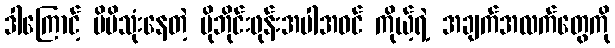
ဒါကြောင့် မိမိသုံးနေတဲ့ မိုဘိုင်းဖုန်းအပါအဝင် ကိုယ့်ရဲ့ အချက်အလက်တွေကို